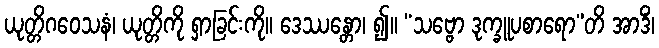
ယုတ္တိဂဝေသနံ၊ ယုတ္တိကို ရှာခြင်းကို။ ဒေဿန္တော၊ ၍။ “သဗ္ဗော ဒုက္ခူပစာရော”တိ အာဒိံ၊